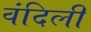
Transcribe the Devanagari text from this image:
वंदिली